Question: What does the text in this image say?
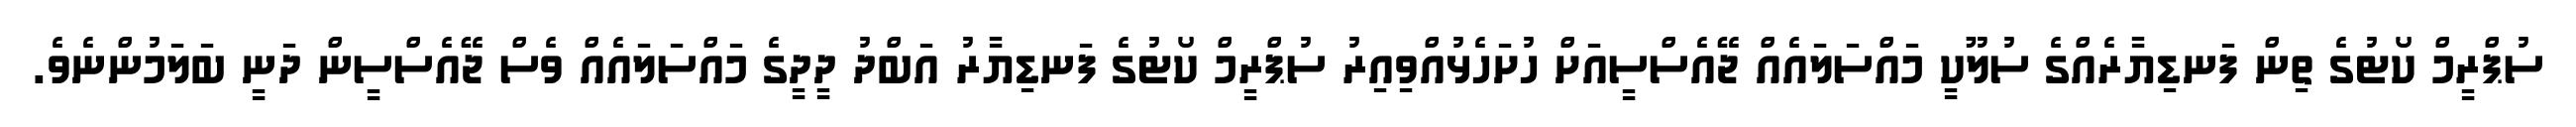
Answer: ސުޕްރީމް ކޯޓުގެ ތިން ފަނޑިޔާރެއްގެ ސުލޫކީ މައްސަލައެއް ޖޭއެސްސީއަށް ހުށަހެޅުއްވިއިރު ސުޕްރީމް ކޯޓުގެ ފަނޑިޔާރު އަބްދު ދީދީގެ މައްސަލައެއް ވެސް ޖޭއެސްސީން ދަނީ ބަލަމުންނެވެ.